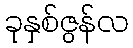
ခုနှစ်ဇွန်လ